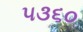
૫૩૬૦